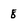
Character: 8